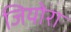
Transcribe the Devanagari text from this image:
जियोरा